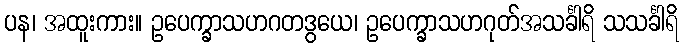
ပန၊ အထူးကား။ ဥပေက္ခာသဟဂတဒွယေ၊ ဥပေက္ခာသဟဂုတ်အသင်္ခါရိ သသင်္ခါရိ